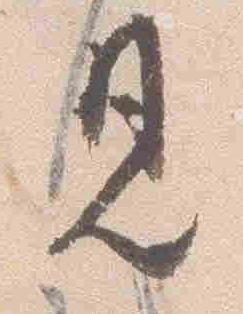
見